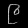
Digit: ၉